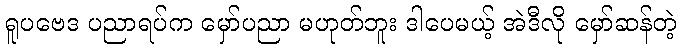
ရူပဗေဒ ပညာရပ်က မှော်ပညာ မဟုတ်ဘူး ဒါပေမယ့် အဲဒီလို မှော်ဆန်တဲ့